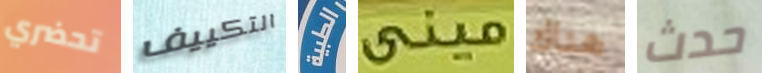
تحضري التكييف الطبية ميني هناك حدث